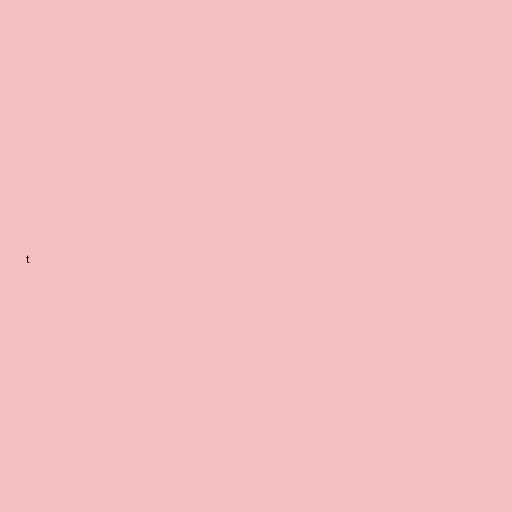
t